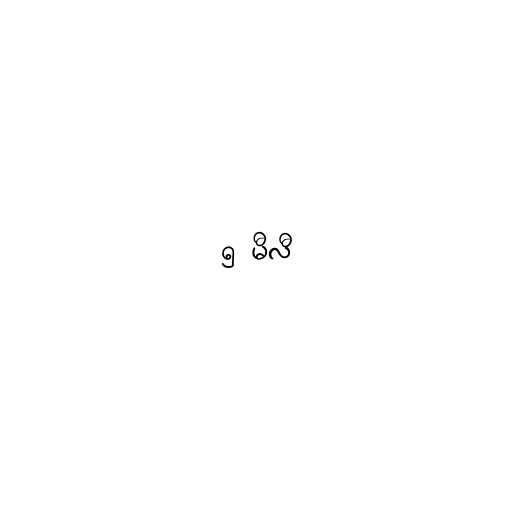
၅ မီလီ